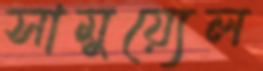
সামুয়্যেল